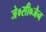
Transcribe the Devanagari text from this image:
जे०सी०जैन